Veterinary [1916] -
Year: 1916
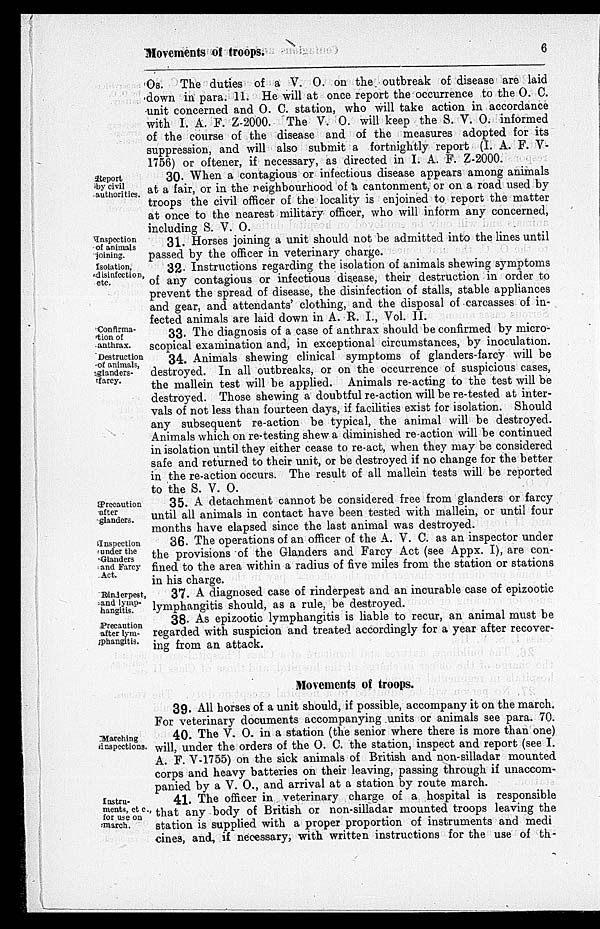
Movements of troops.
6
Os. The duties of a V. O. on the outbreak of disease are laid
down in para. 11. He will at once report the occurrence to the O. C.
unit concerned and O. C. station, who will take action in accordance
with I. A. F. Z-2000. The V. O. will keep the S. V. O. informed
of the course of the disease and of the measures adopted for its
suppression, and will also submit a fortnightly report (I. A. F. V-
1756) or oftener, if necessary, as directed in I. A. F. Z-2000.
Report
by civil
authorities.
30. When a contagious or infectious disease appears among animals
at a fair, or in the neighbourhood of a cantonment, or on a road used by
troops the civil officer of the locality is enjoined to report the matter
at once to the nearest military officer, who will inform any concerned,
including S. V. O.
Inspection
of animals
joining.
31. Horses joining a unit should not be admitted into the lines until
passed by the officer in veterinary charge.
Isolation,
disinfection,
etc.
32. Instructions regarding the isolation of animals shewing symptoms
of any contagious or infectious disease, their destruction in order to
prevent the spread of disease, the disinfection of stalls, stable appliances
and gear, and attendants' clothing, and the disposal of carcasses of in-
fected animals are laid down in A. R. I., Vol. II.
Confirma-
tion of
anthrax.
33. The diagnosis of a case of anthrax should be confirmed by micro-
scopical examination and, in exceptional circumstances, by inoculation.
Destruction
of animals,
glanders-
farcy.
34. Animals shewing clinical symptoms of glanders-farcy will be
destroyed. In all outbreaks, or on the occurrence of suspicious cases,
the mallein test will be applied. Animals re-acting to the test will be
destroyed. Those shewing a doubtful re-action will be re-tested at inter-
vals of not less than fourteen days, if facilities exist for isolation. Should
any subsequent re-action be typical, the animal will be destroyed.
Animals which on re-testing shew a diminished re-action will be continued
in isolation until they either cease to re-act, when they may be considered
safe and returned to their unit, or be destroyed if no change for the better
in the re-action occurs. The result of all mallein tests will be reported
to the S. V. O.
Precaution
after
glanders.
35. A detachment cannot be considered free from glanders or farcy
until all animals in contact have been tested with mallein, or until four
months have elapsed since the last animal was destroyed.
Inspection
under the
Glanders
and Farcy
Act.
36. The operations of an officer of the A. V. C. as an inspector under
the provisions of the Glanders and Farcy Act (see Appx. I), are con-
fined to the area within a radius of five miles from the station or stations
in his charge.
Rinderpest,
and lymp-
hangitis.
37. A diagnosed case of rinderpest and an incurable case of epizootic
lymphangitis should, as a rule, be destroyed.
Precaution
after lym-
phangitis.
38. As epizootic lymphangitis is liable to recur, an animal must be
regarded with suspicion and treated accordingly for a year after recover-
ing from an attack.
Movements of troops.
39. All horses of a unit should, if possible, accompany it on the march.
For veterinary documents accompanying units or animals see para. 70.
Marching
inspections.
40. The V. O. in a station (the senior where there is more than one)
will, under the orders of the O. C. the station, inspect and report (see I.
A. F. V-1755) on the sick animals of British and non-silladar mounted
corps and heavy batteries on their leaving, passing through if unaccom-
panied by a V. O., and arrival at a station by route march.
Instru-
ments, etc.,
for use on
march.
41. The officer in veterinary charge of a hospital is responsible
that any body of British or non-silladar mounted troops leaving the
station is supplied with a proper proportion of instruments and medi-
cines, and, if necessary, with written instructions for the use of th